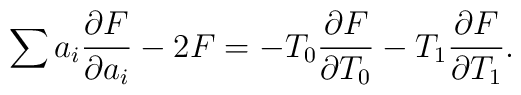
\sum a_i \frac{\partial F}{\partial a_i}-2F=-T_0\frac{\partial F}{\partial T_0}-T_1\frac{\partial F}{\partial T_1}.